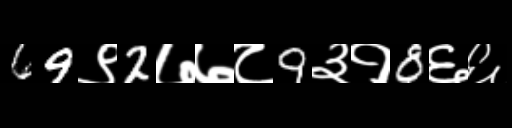
Text: 69९2७७८9३१8६६